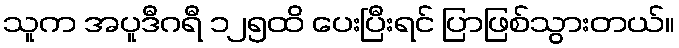
သူက အပူဒီဂရီ ၁၂၅ထိ ပေးပြီးရင် ပြာဖြစ်သွားတယ်။